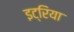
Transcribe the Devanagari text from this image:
इट्रिया